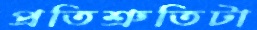
প্রতিশ্রুতিটা